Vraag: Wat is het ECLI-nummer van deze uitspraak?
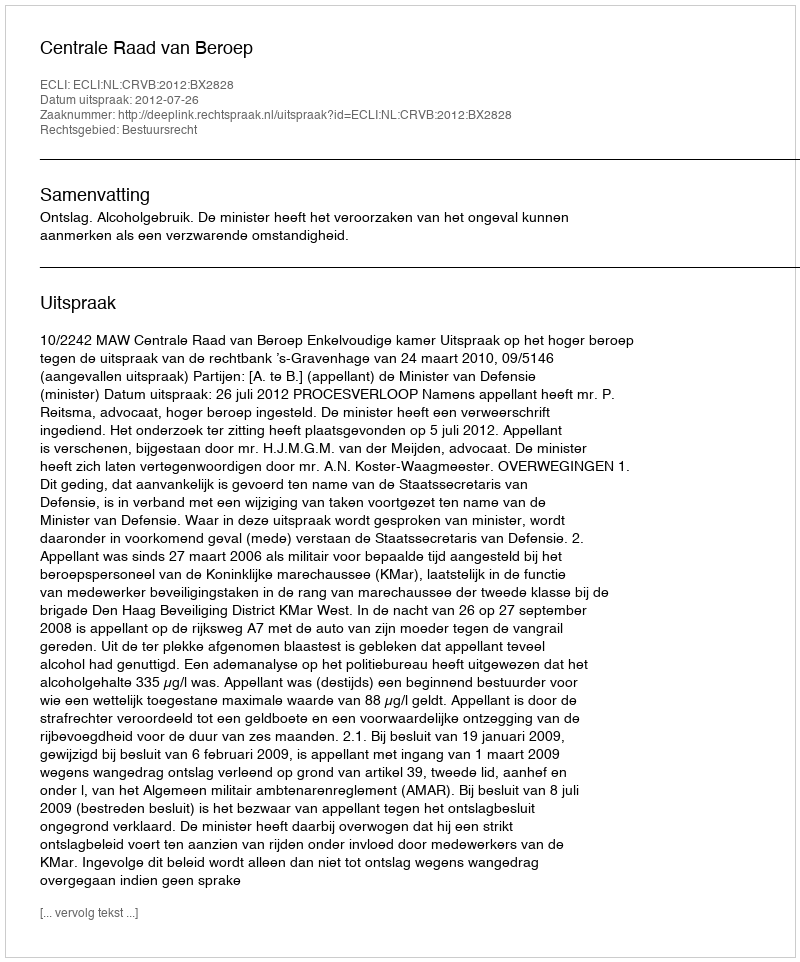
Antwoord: ECLI:NL:CRVB:2012:BX2828